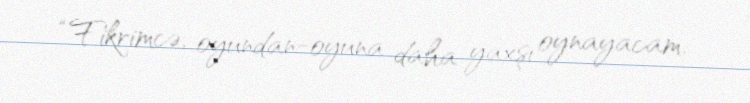
“Fikrimcə, oyundan-oyuna daha yaxşı oynayacam.